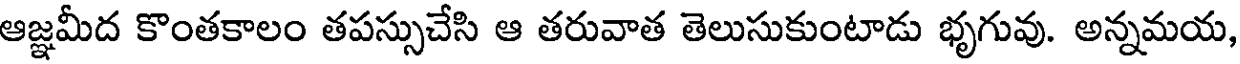
ఆజ్ఞమీద కొంతకాలం తపస్సుచేసి ఆ తరువాత తెలుసుకుంటాడు భృగువు. అన్నమయ,